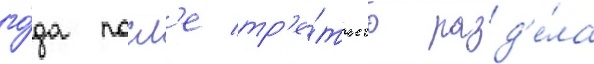
го́да посл'е тр'е́тьего разд'е́ла